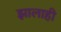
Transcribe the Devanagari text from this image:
झालाही